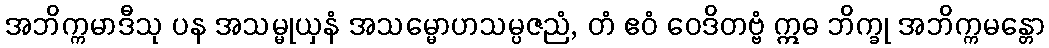
အဘိက္ကမာဒီသု ပန အသမ္မုယှနံ အသမ္မောဟသမ္ပဇညံ, တံ ဧဝံ ဝေဒိတဗ္ဗံ ဣဓ ဘိက္ခု အဘိက္ကမန္တော